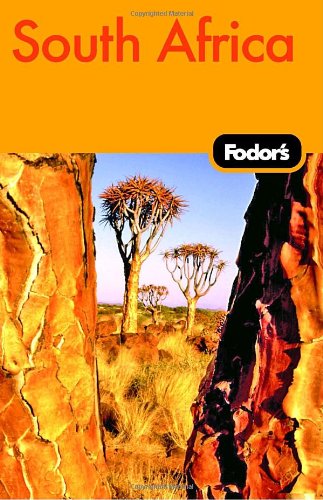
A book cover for Fodor's South Africa, 4th Edition: With the Best Safari Destinations in Namibia & Botswana (Travel Guide); Fodor's; Travel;